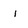
Character: i